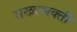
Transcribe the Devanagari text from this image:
सख्यभक्ती